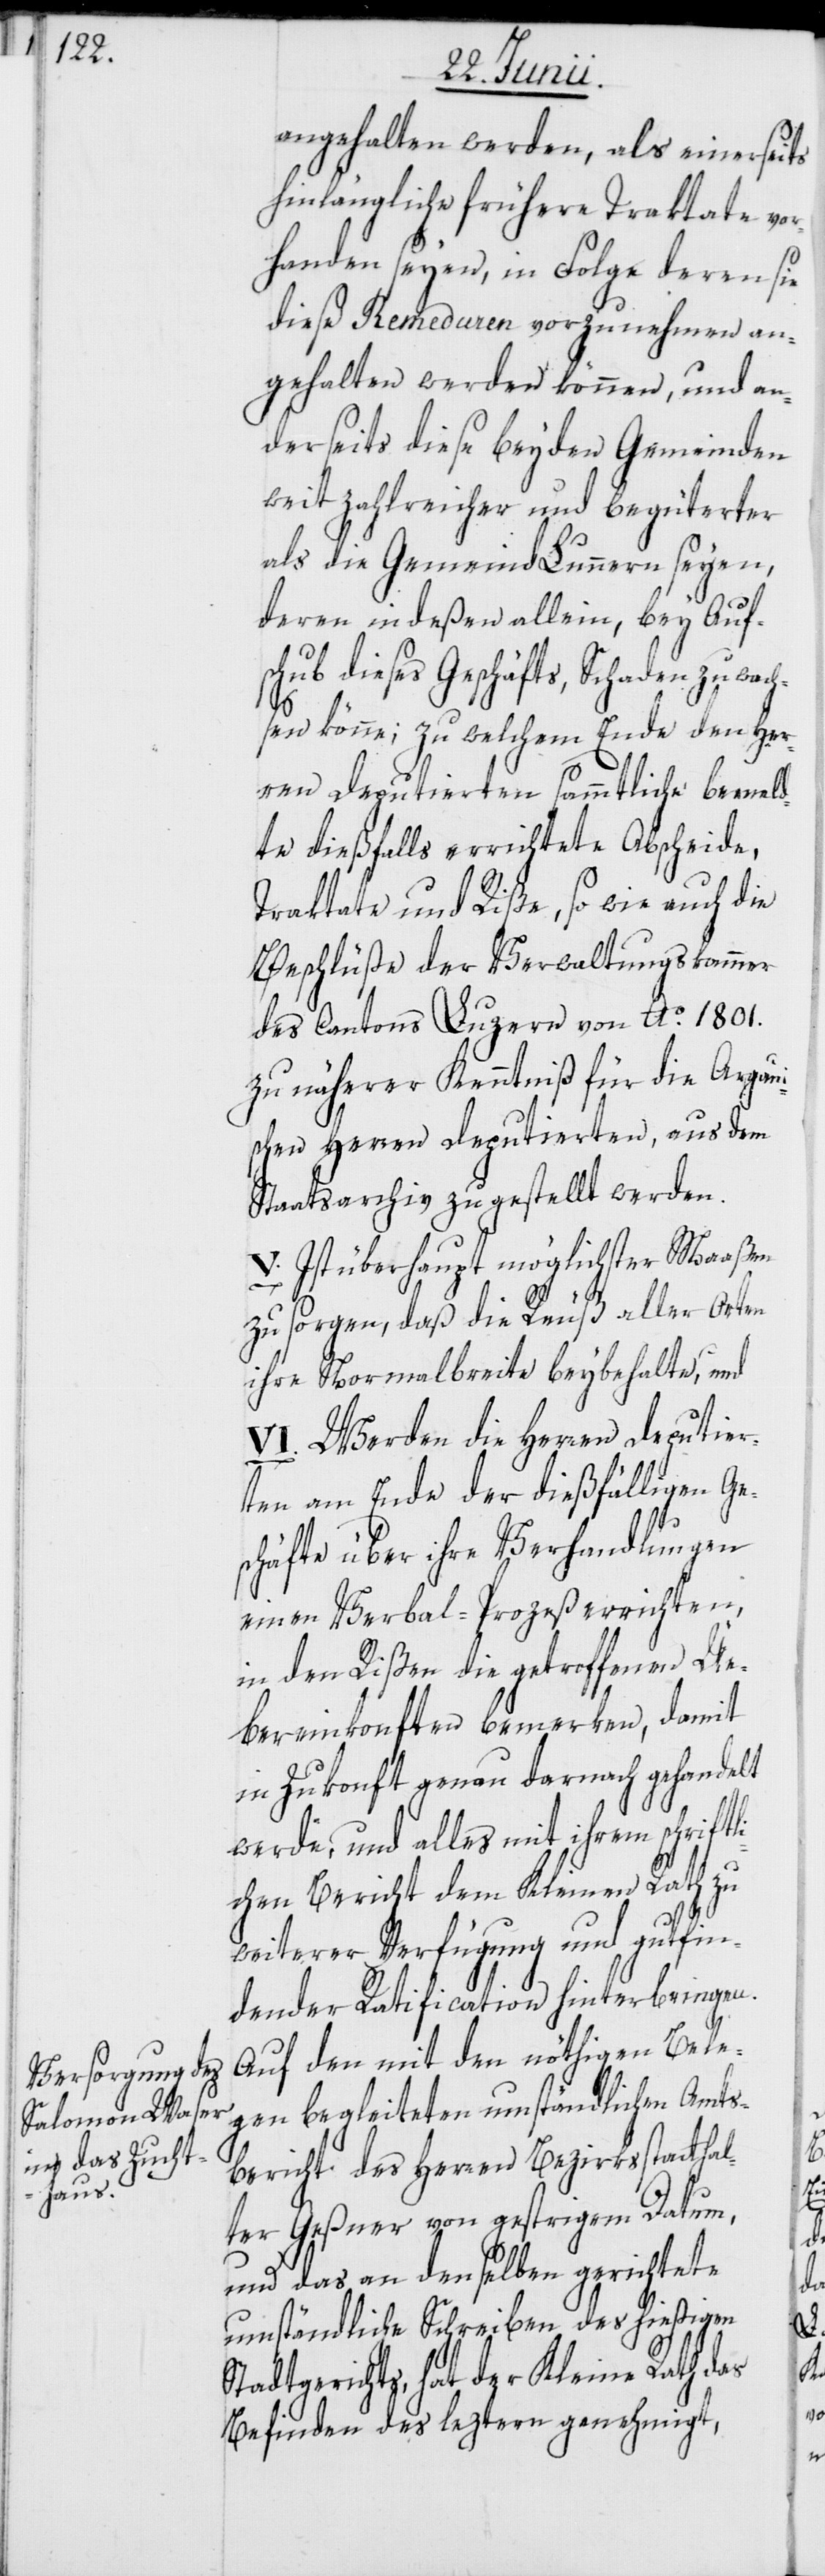
angehalten werden, als einerseits
hinlängliche frühere Traktate vor¬
handen seyen, in Folge deren sie
diese Remeduren vorzunehmen an¬
gehalten werden können, und an¬
derseits diese beyden Gemeinden
weit zahlreicher und begüterter
als die Gemeinde Lunnern seyen,
deren indeßen allein, bey Auf¬
schub dieses Geschäfts, Schaden zuwac¬
hsen könne; zu welchem Ende den Her¬
ren Deputierten sammtliche bemeld¬
te dießfalls errichtete Abscheide,
Traktate und Riße, so wie auch die
Beschlüße der Verwaltungskammer
des Cantons Luzern von Ao. 1801.
zu näherer Kenntniß für die Argaui¬
schen Herren Deputierten, aus dem
Staatsarchiv zugestellt werden.
V. Ist überhaupt möglichster Maaßen
zu sorgen, daß die Reuß aller Orten
ihre Normalbreite beybehalte, und
VI. Werden die Herren Deputier¬
ten am Ende der dießfälligen Ge¬
schäfte über ihre Verhandlungen
einen Verbal-Prozeß errichten,
in den Rißen die getroffenen Ue¬
bereinkonften bemerken, damit
in Zukonft genau darnach gehandelt
werde, und alles mit ihrem schriftl¬
ichen Bericht dem Kleinen Rath zu
weiterer Verfügung und gutfin¬
dender Ratification hinterbringen.
Auf den mit den nöthigen Bele¬
gen begleiteten umständlichen Amts¬
bericht des Herren Bezirksstatthal¬
ter Geßner von gestrigem Datum,
und das an denselben gerichtete
umständliche Schreiben des hießigen
Stadtgerichts, hat der Kleine Rath das
Befinden des leztern genehmigt,